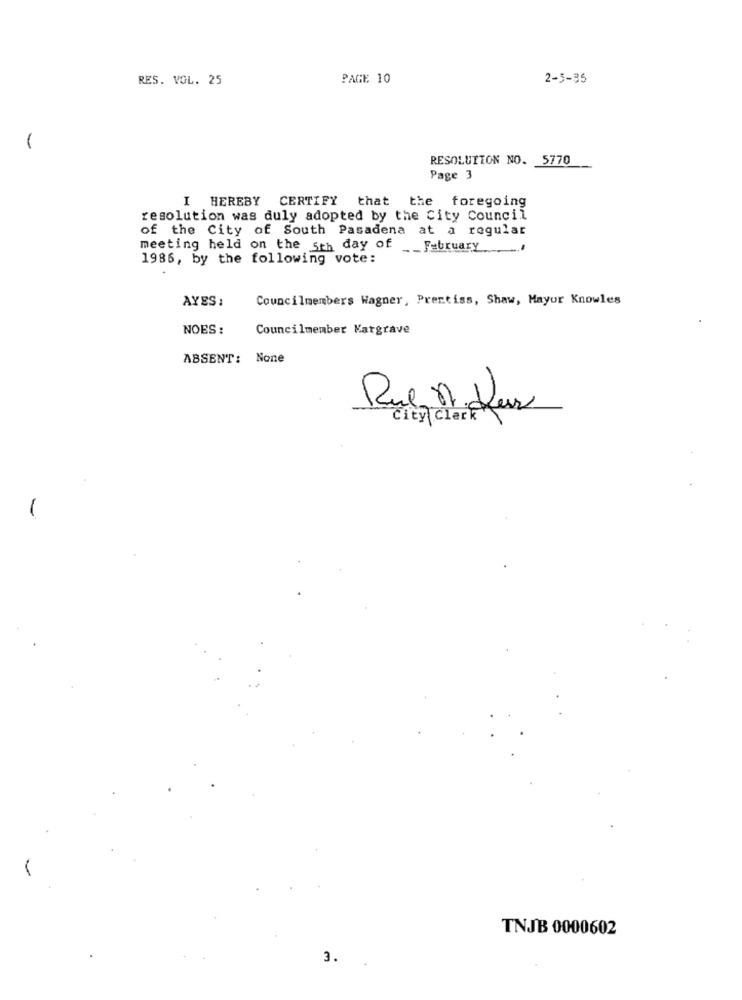
RES. VOL. 25
PAGE 10
2-5-35
1
RESOLUTION NO. 5770
Page 3
I HEREBY CERTIFY that the foregoing
resolution was duly adopted by the City Council
of the City of South Pasadena at a regular
meeting held on the 5th day of February
1986, by the following vote:
AYES :
Councilmembers Wagner, Prentiss, Shaw, Mayor Knowles
NOES :
Councilmember Katgrave
ABSENT: None
Rue 8. Les
city clerk
TNJB 0000602
3.